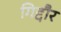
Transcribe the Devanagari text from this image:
गिद्दौर